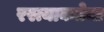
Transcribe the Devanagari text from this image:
रस्त्याकडेचा